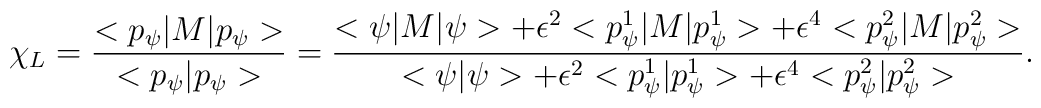
\chi_{L}=\frac{<p_{\psi}|M|p_{\psi}>}{<p_{\psi}|p_{\psi}>}=\frac{<\psi|M|\psi>+\epsilon^{2}<p_{\psi}^{1}|M|p_{\psi}^{1}>+\epsilon^{4}<p_{\psi}^{2}|M|p_{\psi}^{2}>}{<\psi|\psi>+\epsilon^{2}<p_{\psi}^{1}|p_{\psi}^{1}>+\epsilon^{4}<p_{\psi}^{2}|p_{\psi}^{2}>}.